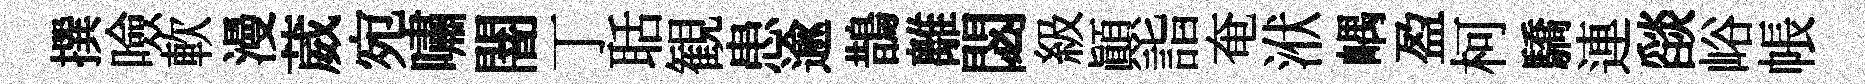
撰噞軟漫葳宛嘯闇丁聒観患逾鵲離閟級顛詣奄洑嵎盈柯驕連𦦨峪帳